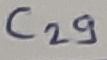
Text: C29